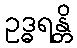
ဥဒ္ဓရန္တိ